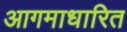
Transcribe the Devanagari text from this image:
आगमाधारित